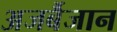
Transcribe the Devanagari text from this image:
अजर्बैजान